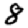
Digit: 8